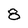
Character: 8